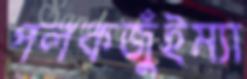
পলকজুঁইম্যা